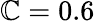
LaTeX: \mathbb{C}=0.6